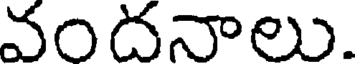
వందనాలు.